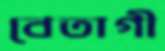
বেতাগী